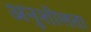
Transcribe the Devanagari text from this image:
अनुशीलता